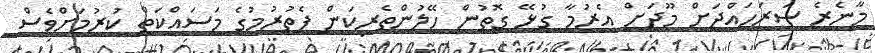
މާނެރެ ސަރަހައްދަށް މޫދަށް އެރުމާ ގުޅޭ ގޮތުން ހޭލުންތެރިކަން ފެތުރުމުގެ މަސައްކަތް ކުރުމަށްވެސް